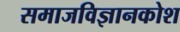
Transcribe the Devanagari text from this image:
समाजविज्ञानकोश